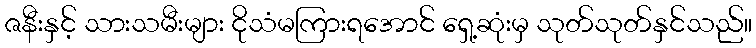
ဇနီးနှင့် သားသမီးများ ငိုသံမကြားရအောင် ရှေ့ဆုံးမှ သုတ်သုတ်နှင်သည်။